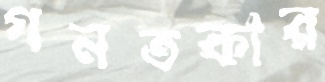
গনতকার